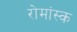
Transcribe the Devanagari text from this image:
रोमांस्क